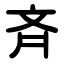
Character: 斉